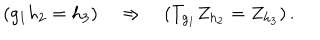
LaTeX: ( g _ { 1 } h _ { 2 } = h _ { 3 } ) \quad \Rightarrow \quad ( T _ { g _ { 1 } } Z _ { h _ { 2 } } = Z _ { h _ { 3 } } ) \, .